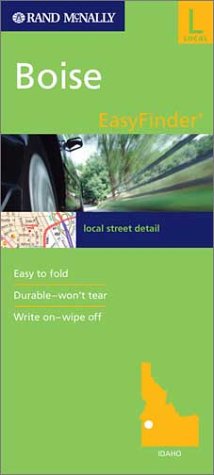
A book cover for Rand McNally Boise Easyfinder; Rand McNally and Company; Travel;